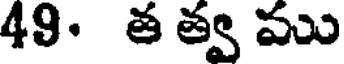
49. త త్వ ము